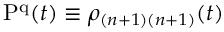
\mathrm { P ^ { q } } ( t ) \equiv \rho _ { ( n + 1 ) ( n + 1 ) } ( t )